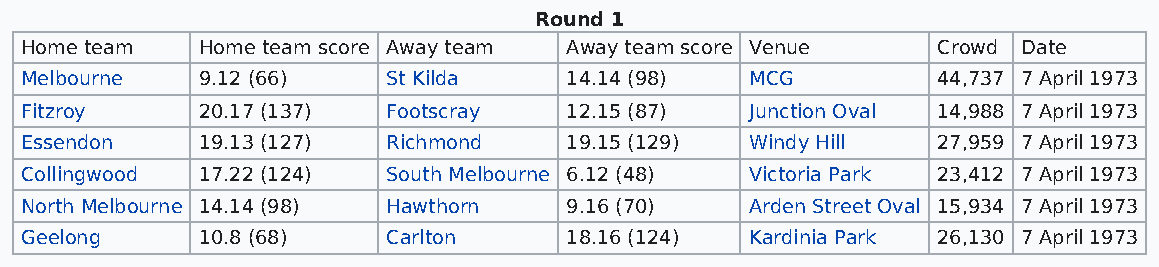
Round 1
 Home team   Home team score Away team Away team score Venue  Crowd Date
 Melbourne   9.12 (66)    St Kilda   14.14 (98)   MCG         44,737 7 April 1973
 Fitzroy     20.17 (137)  Footscray  12.15 (87)   Junction Oval 14,988 7 April 1973
 Essendon    19.13 (127)  Richmond   19.15 (129)  Windy Hill  27,959 7 April 1973
 Collingwood 17.22 (124)  South Melbourne 6.12 (48) Victoria Park 23,412 7 April 1973
 North Melbourne 14.14 (98) Hawthorn 9.16 (70)    Arden Street Oval 15,934 7 April 1973
 Geelong     10.8 (68)    Carlton    18.16 (124)  Kardinia Park 26,130 7 April 1973